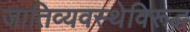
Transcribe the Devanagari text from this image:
जातिव्यवस्थेविरूद्ध